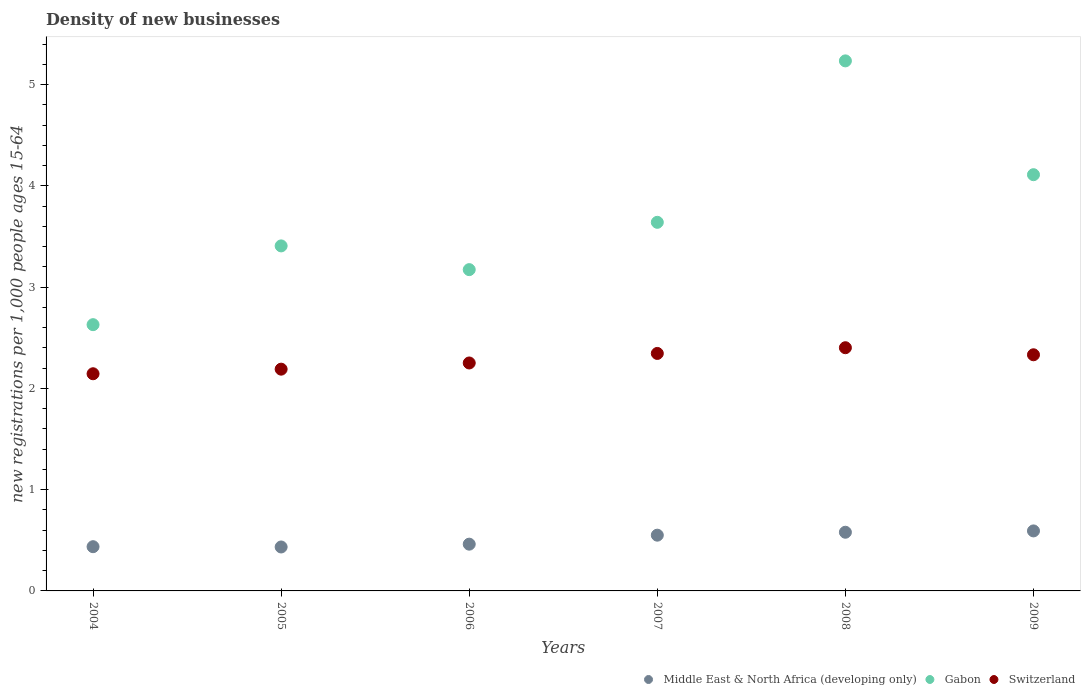
| Years | Middle East & North Africa (developing only) | Gabon | Switzerland |
 | --- | --- | --- | --- |
 | 2004 | 0.437 | 2.63 | 2.14 |
 | 2005 | 0.434 | 3.41 | 2.19 |
 | 2006 | 0.462 | 3.17 | 2.25 |
 | 2007 | 0.55 | 3.64 | 2.35 |
 | 2008 | 0.579 | 5.23 | 2.4 |
 | 2009 | 0.593 | 4.11 | 2.33 |